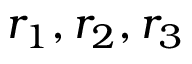
r _ { 1 } , r _ { 2 } , r _ { 3 }